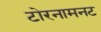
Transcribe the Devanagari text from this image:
टोरनामनट